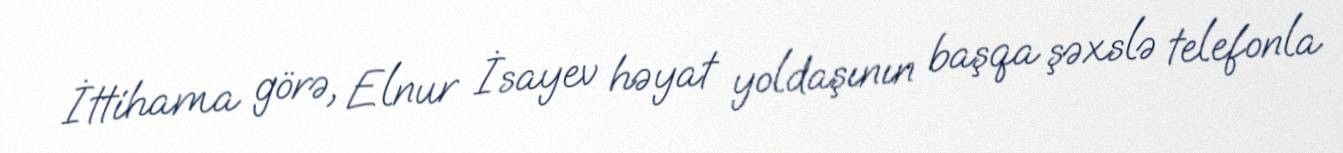
İttihama görə, Elnur İsayev həyat yoldaşının başqa şəxslə telefonla